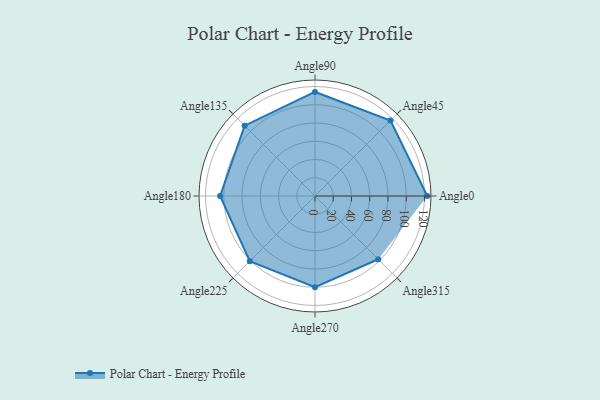
{"axis": {"x": "Angle", "y": "Radius"}, "legend": [""], "data": [{"x": "Angle0", "y": 123.0, "type": ""}, {"x": "Angle45", "y": 117.0, "type": ""}, {"x": "Angle90", "y": 114.0, "type": ""}, {"x": "Angle135", "y": 109.0, "type": ""}, {"x": "Angle180", "y": 104.0, "type": ""}, {"x": "Angle225", "y": 101.0, "type": ""}, {"x": "Angle270", "y": 100.0, "type": ""}, {"x": "Angle315", "y": 98.0, "type": ""}]}